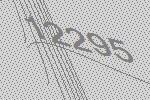
12295